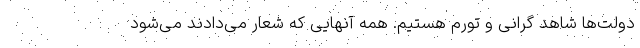
دولت‌ها شاهد گرانی و تورم هستیم. همه آنهایی که شعار می‌دادند می‌شود